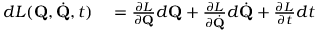
\begin{array} { r l } { d L ( \mathbf { Q } , { \dot { \mathbf { Q } } } , t ) } & { { } = { \frac { \partial L } { \partial \mathbf { Q } } } d \mathbf { Q } + { \frac { \partial L } { \partial { \dot { \mathbf { Q } } } } } d { \dot { \mathbf { Q } } } + { \frac { \partial L } { \partial t } } d t } \end{array}